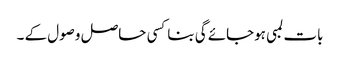
بات لمبی ہوجائے گی بناکسی حاصل وصول کے ۔